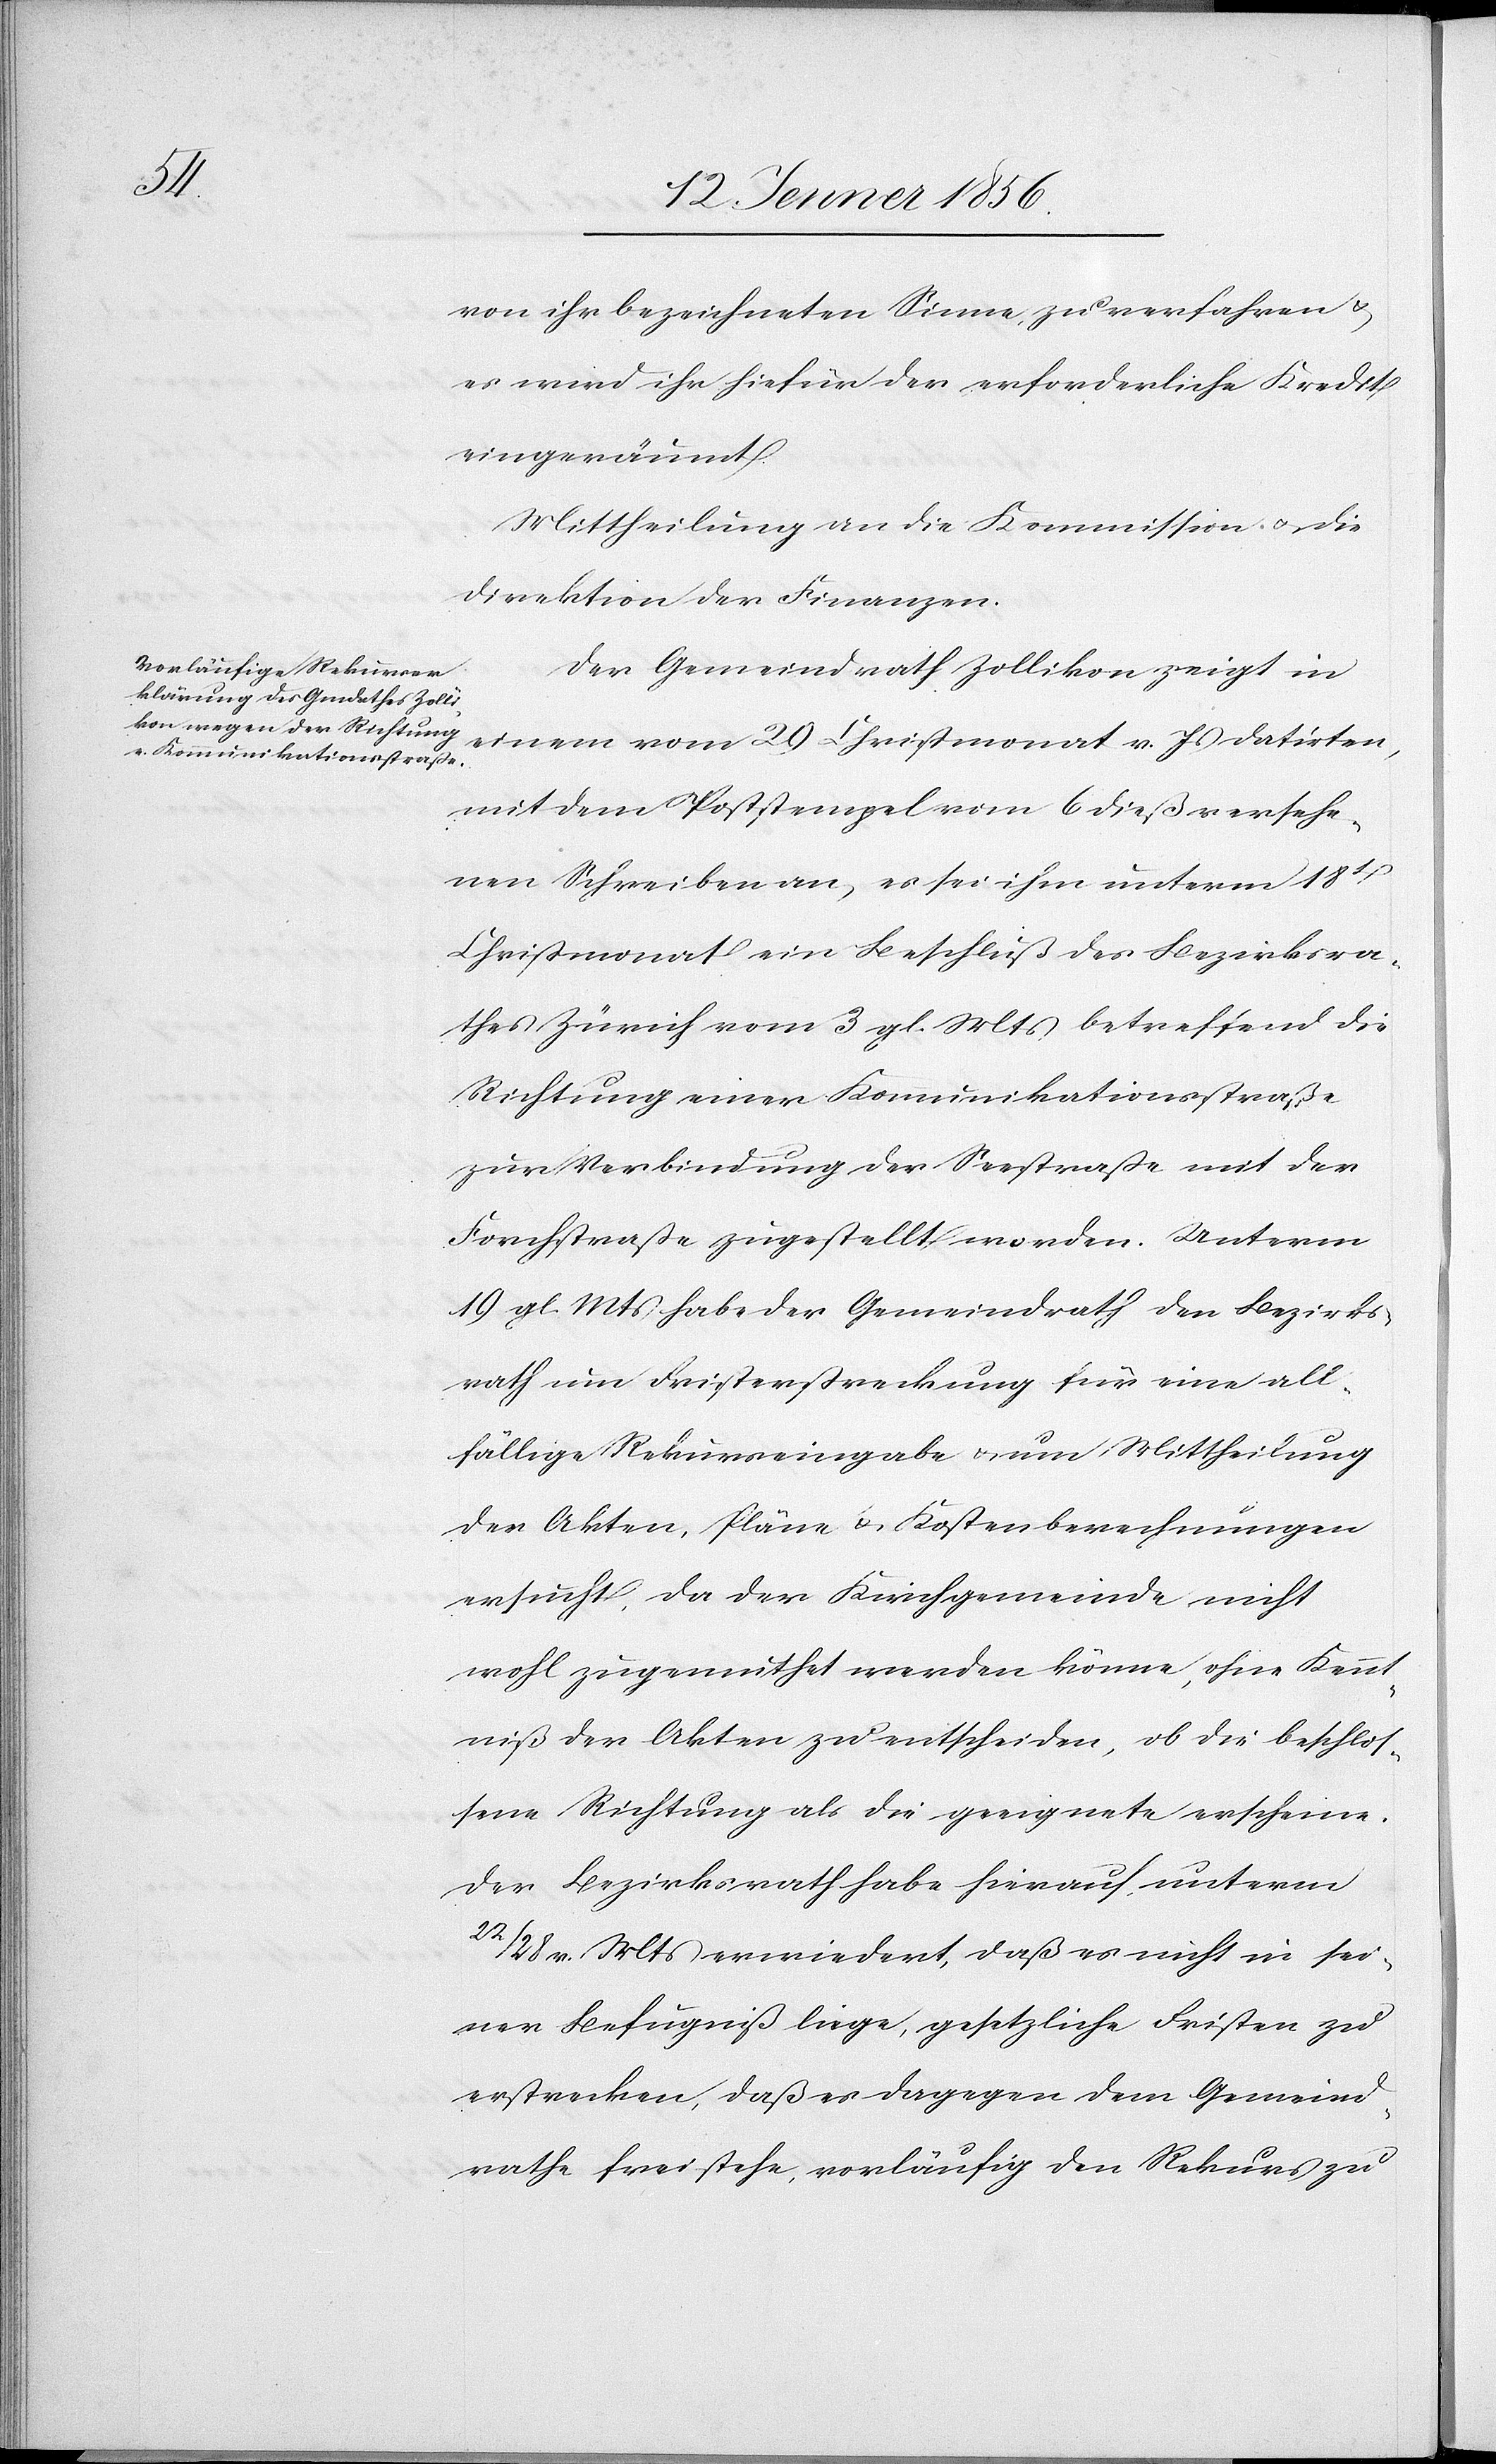
von ihr bezeichneten Sinne, zu verfahren u.
es wird ihr hiefür der erforderliche Kredit
eingeräumt.
Mittheilung an die Kommission u. die
Direktion der Finanzen.
Der Gemeindrath Zollikon zeigt in
einem vom 29 Christmonat v. Js datirten,
mit dem Poststempel vom 6 dieß versehe¬
nen Schreiben an, es sei ihm unterm 18t
Christmonat ein Beschluß des Bezirksra¬
thes Zürich vom 3 gl. Mts betreffend die
Richtung einer Kommunikationsstraße
zur Verbindung der Seestraße mit der
Forchstraße zugestellt worden. Unterm
19 gl. Mts habe der Gemeindrath den Bezirks¬
rath um Fristenstreckung für eine all¬
fällige Rekurseingabe u. um Mittheilung
der Akten, Pläne u. Kostenberechnungen
ersucht, da der Kirchgemeinde nicht
wohl zugemuthet werden könne, ohne Kennt¬
niß der Akten zu entscheiden, ob die beschlos¬
sene Richtung als die geeignete erscheine.
Der Bezirksrath habe hierauf unterm
22/28 v. Mts erwiedert, daß es nicht in sei¬
ner Befugniß liege, gesetzliche Fristen zu
erstrecken, daß es dagegen dem Gemeind¬
rathe freistehe, vorläufig den Rekurs zu